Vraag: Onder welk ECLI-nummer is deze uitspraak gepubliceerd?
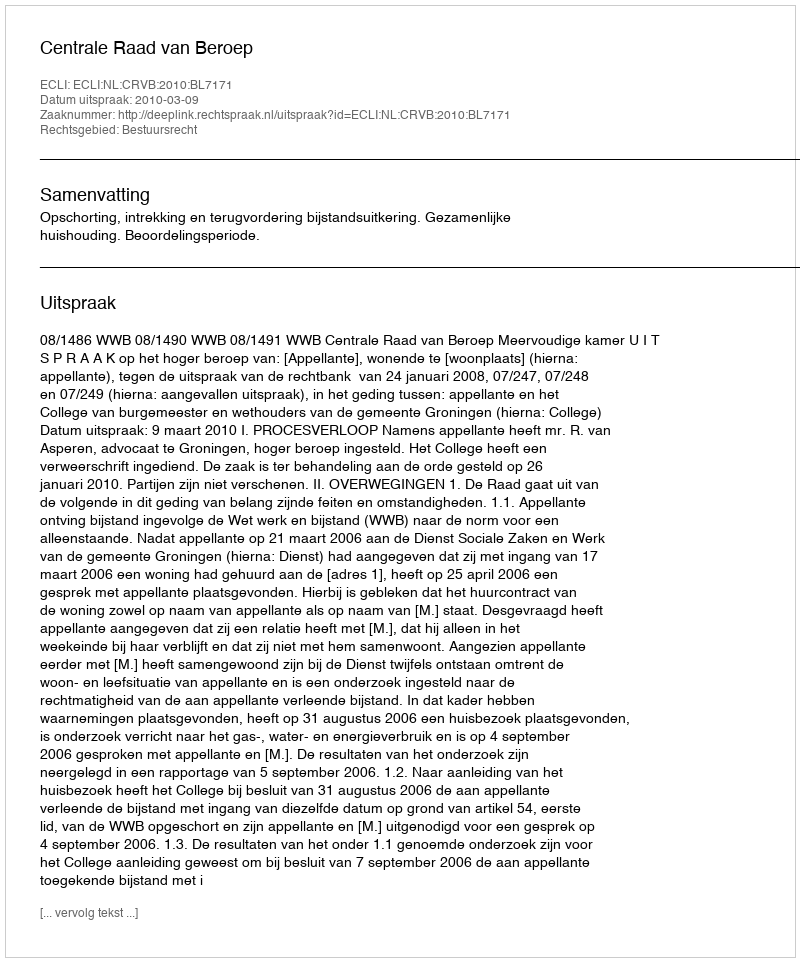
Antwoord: ECLI:NL:CRVB:2010:BL7171